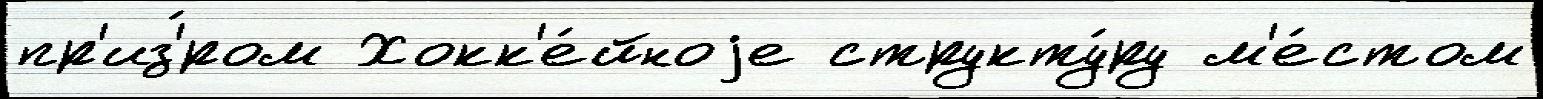
пр'из'́ром Хокк'е́йноjе структу́ру м'е́стом